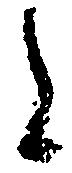
に